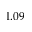
1 . 0 9